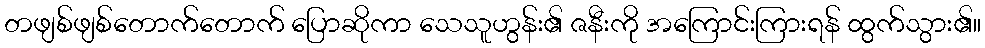
တဖျစ်ဖျစ်တောက်တောက် ပြောဆိုကာ သေသူဟွန်း၏ ဇနီးကို အကြောင်းကြားရန် ထွက်သွား၏။